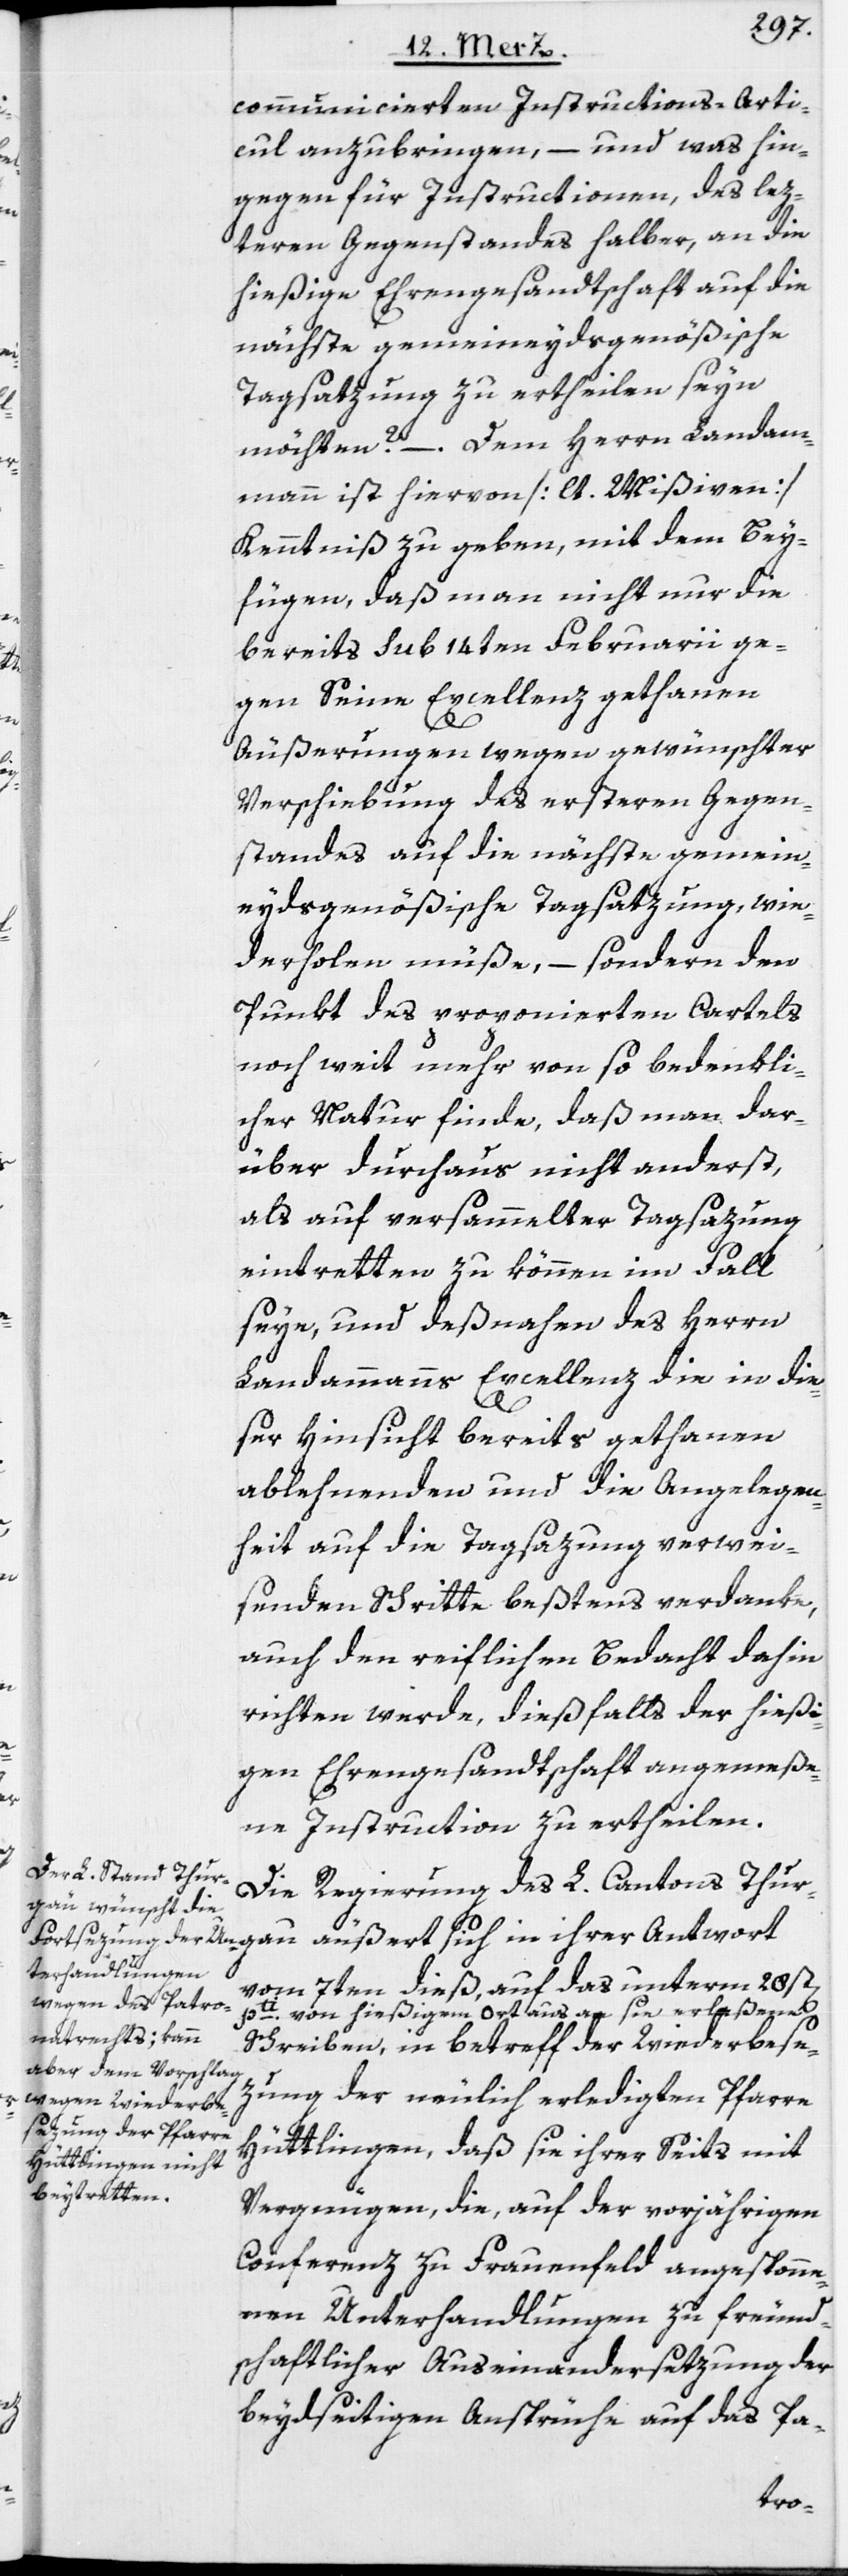
communicierten Instructions-Arti¬
cul anzubringen, – und was hin¬
gegen für Instructionen, des lez¬
teren Gegenstandes halber, an die
hießige Ehrengesandtschaft auf die
nächste gemeineydsgenößische
Tagsatzung zu ertheilen seyn
möchten? – Dem Herrn Landam¬
mann ist hiervon [lt. Mißiven]
Kenntniß zu geben, mit dem Bey¬
fügen, daß man nicht nur die
bereits sub 14ten Februarii ge¬
gen Seine Excellenz gethanen
gau
Äußerungen wegen gewünschter
Verschiebung des ersteren Gegen¬
standes auf die nächste gemein¬
eydsgenößische Tagsatzung, wie¬
derholen müße, – sondern den
Punkt des proponierten Cartels
noch weit mehr von so bedenkli¬
cher Natur finde, daß man dar¬
über durchaus nicht anderst,
als auf versammelter Tagsazung
eintretten zu können im Fall
seye, und deßnahen des Herrn
Landammanns Excellenz die in die¬
n]
ser Hinsicht bereits gethanen
ablehnenden und die Angelegen¬
heit auf die Tagsazung verwei¬
senden Schritte beßtens verdanke,
auch den reiflichen Bedacht dahin
richten werde, dießfalls der hießi¬
gen Ehrengesandtschaft angemeße¬
ne Instruction zu ertheilen.
Die Regierung des L. Cantons Thur¬
vom 7ten dieß, auf das unterm 28st[e¬
pti. von hießigem Ort aus an sie erlaßene
Schreiben, in betreff der Wiederbese¬
zung der neulich erledigten Pfarre
Hüttlingen, daß sie ihrer Seits mit
Vergnügen, die, auf der vorjährigen
Conferenz zu Frauenfeld angesponne¬
nen Unterhandlungen zu freund¬
schaftlicher Auseinandersetzung der
beydseitigen Ansprüche auf das Pa-